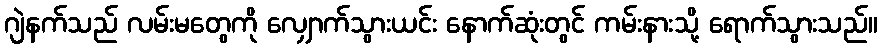
ဂျဲနက်သည် လမ်းမတွေကို လျှောက်သွားယင်း နောက်ဆုံးတွင် ကမ်းနားသို့ ရောက်သွားသည်။